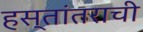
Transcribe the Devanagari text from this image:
हस्तांतराची